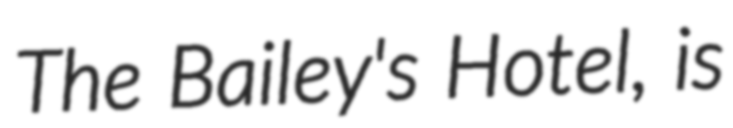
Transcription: The Bailey's Hotel, is